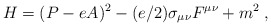
\begin{align*}H=(P-eA)^2-(e/2)\sigma_{\mu\nu} F^{\mu\nu}+m^2\;,\end{align*}